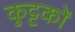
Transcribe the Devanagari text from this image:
कुट्टकों